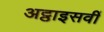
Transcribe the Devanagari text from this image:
अट्ठाइसवीं